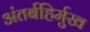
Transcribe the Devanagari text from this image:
अंतर्बहिर्मुख